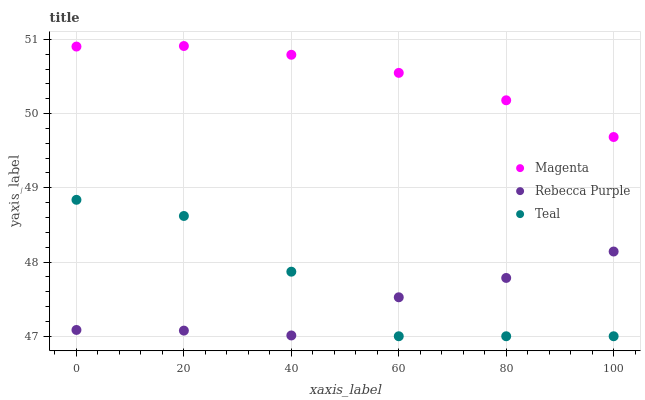
| xaxis_label | Magenta | Rebecca Purple | Teal |
 | --- | --- | --- | --- |
 | 0 | 50.9 | 47.1 | 48.8 |
 | 20 | 50.9 | 47.1 | 48.6 |
 | 40 | 50.8 | 47 | 47.9 |
 | 60 | 50.5 | 47.5 | 47 |
 | 80 | 50.2 | 47.8 | 47 |
 | 100 | 49.7 | 48.1 | 47 |